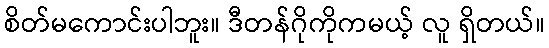
စိတ်မကောင်းပါဘူး။ ဒီတန်ဂိုကိုကမယ့် လူ ရှိတယ်။